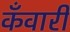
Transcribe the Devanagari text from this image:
कँवारी